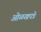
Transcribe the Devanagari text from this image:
ओळखपत्रे